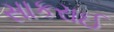
સાકરાઈ